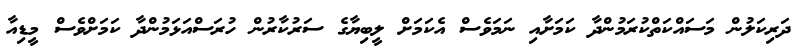
ދަރިކަލުން މަސައްކަތްކުރަމުންދާ ކަމަށާއި ނަމަވެސް އެކަމަށް ލީބިޔާގެ ސަރުކާރުން ހުރަސްއަޅަމުންދާ ކަމަށްވެސް މީޑިއާ